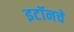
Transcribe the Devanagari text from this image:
इटॉनचे